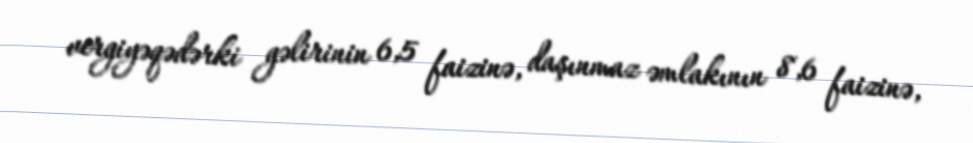
vergiyəqədərki gəlirinin 6,5 faizinə, daşınmaz əmlakının 8,6 faizinə,